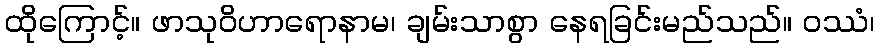
ထိုကြောင့်။ ဖာသုဝိဟာရောနာမ၊ ချမ်းသာစွာ နေရခြင်းမည်သည်။ ဝဿံ၊